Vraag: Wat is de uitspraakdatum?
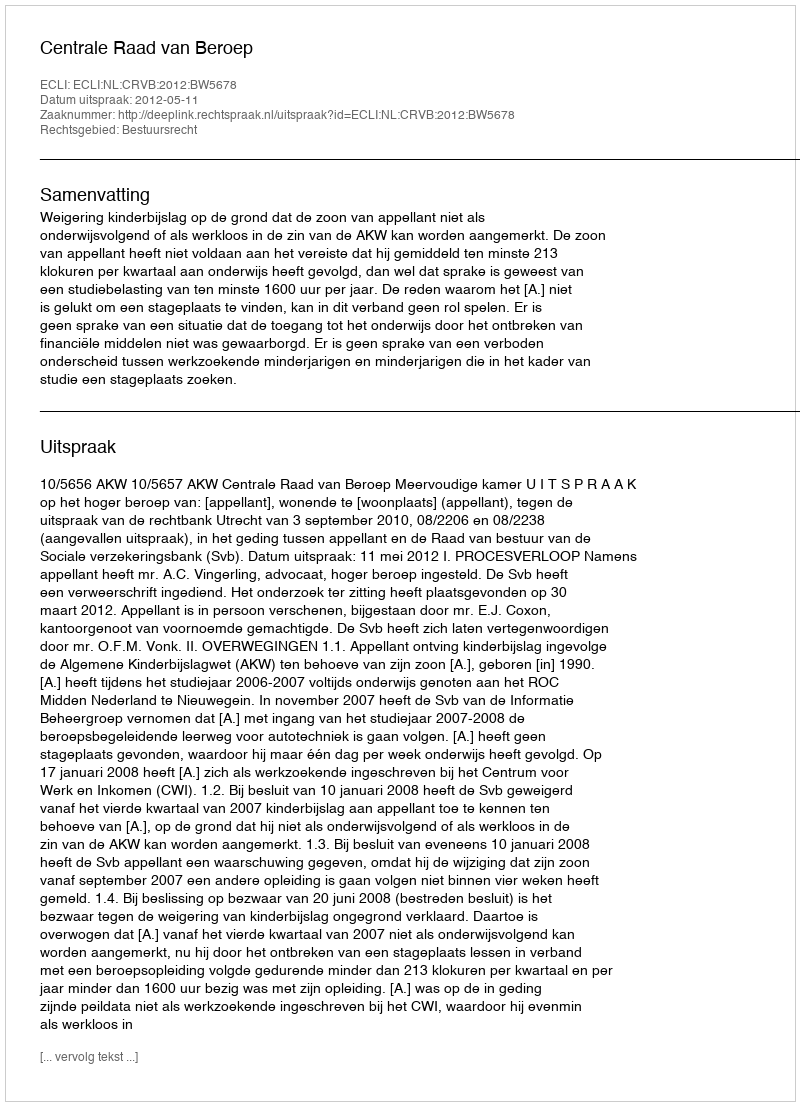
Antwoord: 2012-05-11